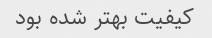
کیفیت بهتر شده بود